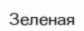
Зеленая